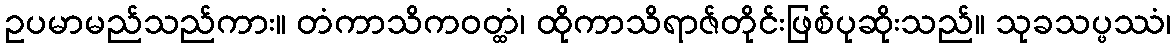
ဥပမာမည်သည်ကား။ တံကာသိကဝတ္ထံ၊ ထိုကာသိရာဇ်တိုင်းဖြစ်ပုဆိုးသည်။ သုခသပ္ဖဿံ၊